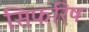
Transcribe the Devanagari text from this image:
सिफरिष